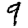
Digit: 9